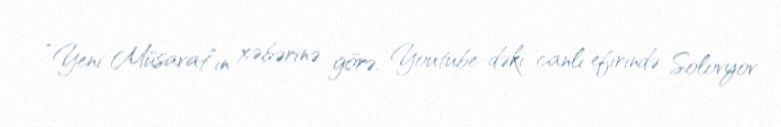
“Yeni Müsavat”ın xəbərinə görə, Youtube-dəki canlı efirində Solovyov